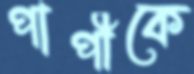
পাপীকে